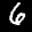
Label: 6